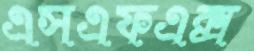
এসএফএক্স